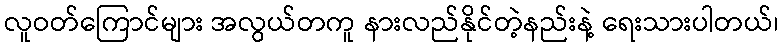
လူဝတ်ကြောင်များ အလွယ်တကူ နားလည်နိုင်တဲ့နည်းနဲ့ ရေးသားပါတယ်၊